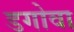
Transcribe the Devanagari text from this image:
डगोवा